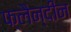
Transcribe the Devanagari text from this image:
फ्लैन्दीन